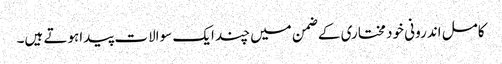
کامل اندرونی خود مختاری کے ضمن میں چند ایک سوالات پیداہوتے ہیں۔